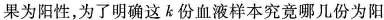
果为阳性，为了明确这k份血液样本究竟哪几份为阳